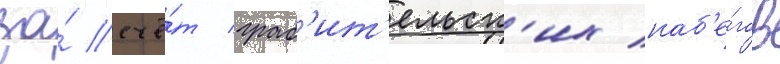
за́ счё́т граб'ит'ельск'их наб'е́гов